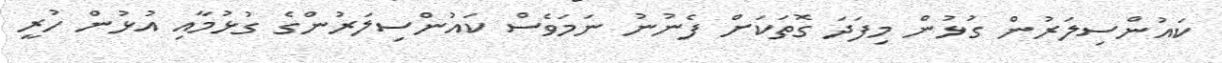
ކައުންސިލަރުން ގުޅުން މިފަދަ ގޮތަކަށް ފެނުނު ނަމަވެސް ކައުންސިލަރުންގެ ގުޅުމާއި އުޅުން ހުރީ